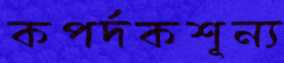
কপর্দকশূন্য